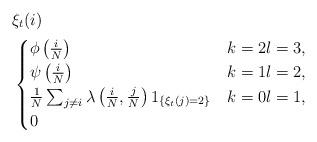
LaTeX: \begin{align*}&\xi_t(i)\\&\begin{cases}\phi\left(\frac{i}{N}\right) & k=2l=3,\\\psi\left(\frac{i}{N}\right) & k=1l=2,\\\frac{1}{N}\sum_{j\neq i}\lambda\left(\frac{i}{N}, \frac{j}{N}\right)1_{\{\xi_t(j)=2\}} & k=0l=1,\\0 &\end{cases}\end{align*}